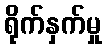
ရိုက်နှက်မှု